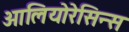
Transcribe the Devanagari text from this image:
ओलियोरेसिन्स